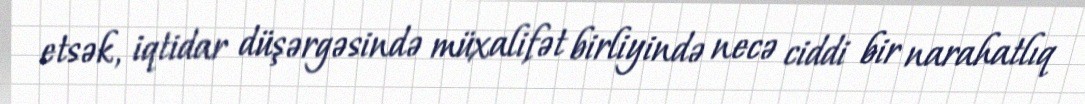
etsək, iqtidar düşərgəsində müxalifət birliyində necə ciddi bir narahatlıq